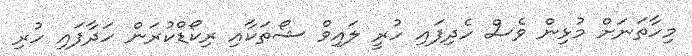
މިހާތަނަށް މުޅިން ވެސް ހެދިފައި ހުރީ ލައިވް ޝޯތަކާއި ރިކޯޑްކުރަން ހަދާފައި ހުރި